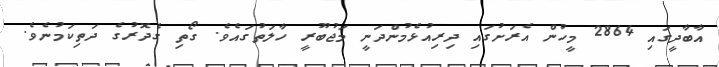
އާބާދީގައި 2864 މީހުން އެރަށުގައި ދިރިއުޅެމުންދަނީ މަޖުބޫރީ ހާލަތުގައެވެ. ގޯތި ގެދޮރުގެ ދަތިކަމުނެވެ.